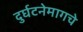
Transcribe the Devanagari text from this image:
दुर्घटनेमागचे